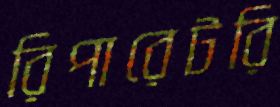
রিপারেটরি